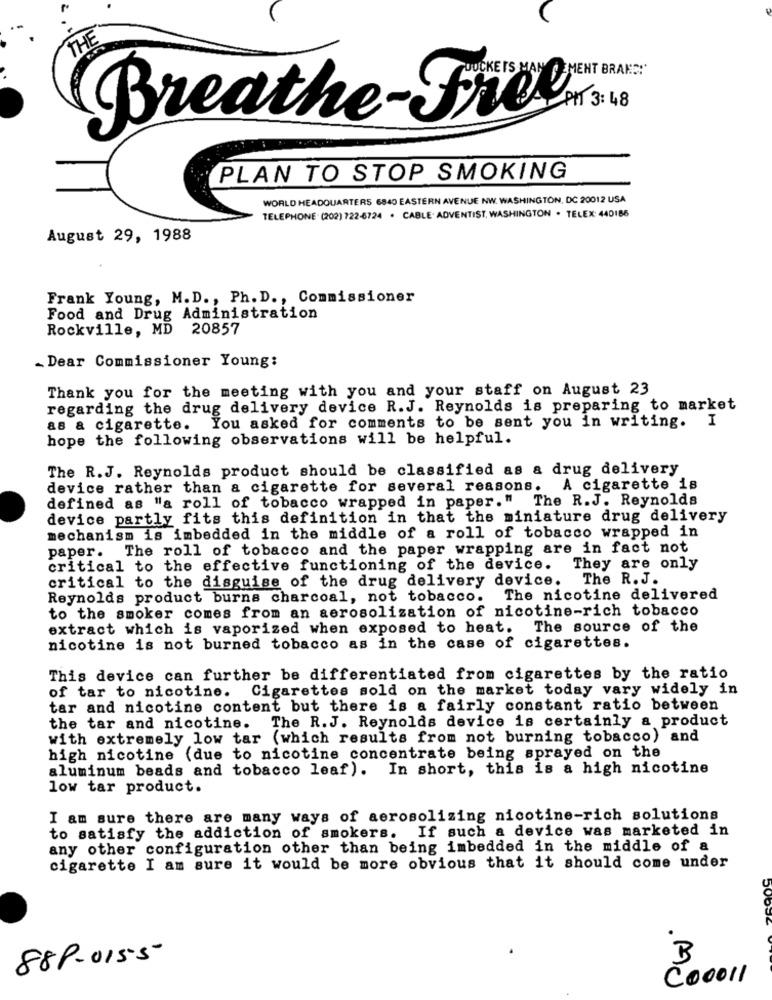
MENT BRAND!'
Ph1 3: 48
Breathe-Free
PLAN TO STOP SMOKING
WORLD HEADQUARTERS 6840 EASTERN AVENUE NW. WASHINGTON, DC 20012 USA
TELEPHONE (202) 722-6724 . CABLE. ADVENTIST, WASHINGTON . TELEX: 440186
August 29, 1988
Frank Young, M.D ., Ph. D ., Commissioner
Food and Drug Administration
Rockville, MD 20857
_ Dear Commissioner Young:
Thank you for the meeting with you and your staff on August 23
regarding the drug delivery device R.J. Reynolds is preparing to market
You asked for comments to be sent you in writing. I
as & cigarette.
hope the following observations will be helpful.
The R.J. Reynolds product should be classified as a drug delivery
device rather than a cigarette for several reasons. A cigarette is
defined as "a roll of tobacco wrapped in paper." The R.J. Reynolds
device partly fits this definition in that the miniature drug delivery
mechanism is imbedded in the middle of a roll of tobacco wrapped in
paper. The roll of tobacco and the paper wrapping are in fact not
critical to the effective functioning of the device.
They are only
The R. J.
critical to the disguise of the drug delivery device.
Reynolds product burns charcoal, not tobacco. The nicotine delivered
to the smoker comes from an aerosolization of nicotine-rich tobacco
extract which is vaporized when exposed to heat. The source of the
nicotine is not burned tobacco as in the case of cigarettes.
This device can further be differentiated from cigarettes by the ratio
Cigarettes sold on the market today vary widely in
of tar to nicotine.
tar and nicotine content but there is a fairly constant ratio between
the tar and nicotine. The R.J. Reynolds device is certainly a product
with extremely low tar (which results from not burning tobacco) and
high nicotine (due to nicotine concentrate being sprayed on the
aluminum beads and tobacco leaf). In short, this is a high nicotine
low tar product.
I am sure there are many ways of aerosolizing nicotine-rich solutions
to satisfy the addiction of smokers. If such a device was marketed in
any other configuration other than being imbedded in the middle of a
cigarette I am sure it would be more obvious that it should come under
88 8-015-5
B
Coooll